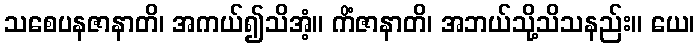
သစေပနဇာနာတိ၊ အကယ်၍သိအံ့။ ကိံဇာနာတိ၊ အဘယ်သို့သိသနည်း။ ယေ၊